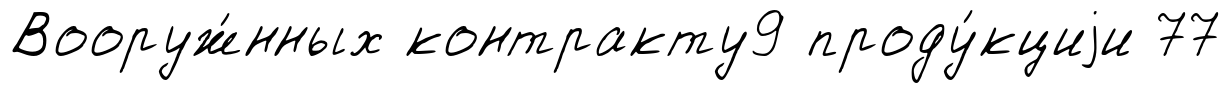
Вооруж́нных контракту9 проду́кциjи 77